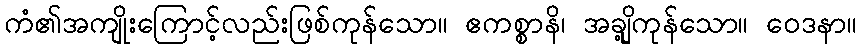
ကံ၏အကျိုးကြောင့်လည်းဖြစ်ကုန်သော။ ဧကစ္စာနိ၊ အချို့ကုန်သော။ ဝေဒနာ။